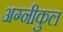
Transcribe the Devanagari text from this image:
अग्‍नीकुल